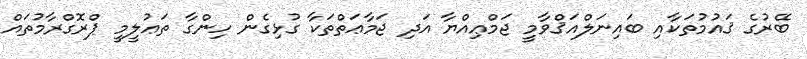
ބޭރުގެ ޤައުމުތަކާއި ބައިނަލްއަޤްވާމީ ޖަމްޢިއްޔާ އަދި ޖަމާޢަތްތަކާ ގުޅިގެން ހިންގާ ތަޢުލީމީ ޕްރޮގްރާމުތައް